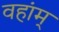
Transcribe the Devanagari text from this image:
वहांम्